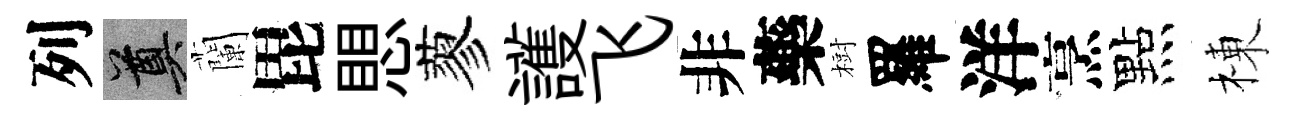
列奠蘭毘愳蓼護飞非藥𣗳羅洋烹點棟